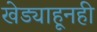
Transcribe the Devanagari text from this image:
खेड्याहूनही